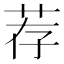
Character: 荐